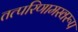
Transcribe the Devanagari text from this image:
तत्परिणामस्वरूप